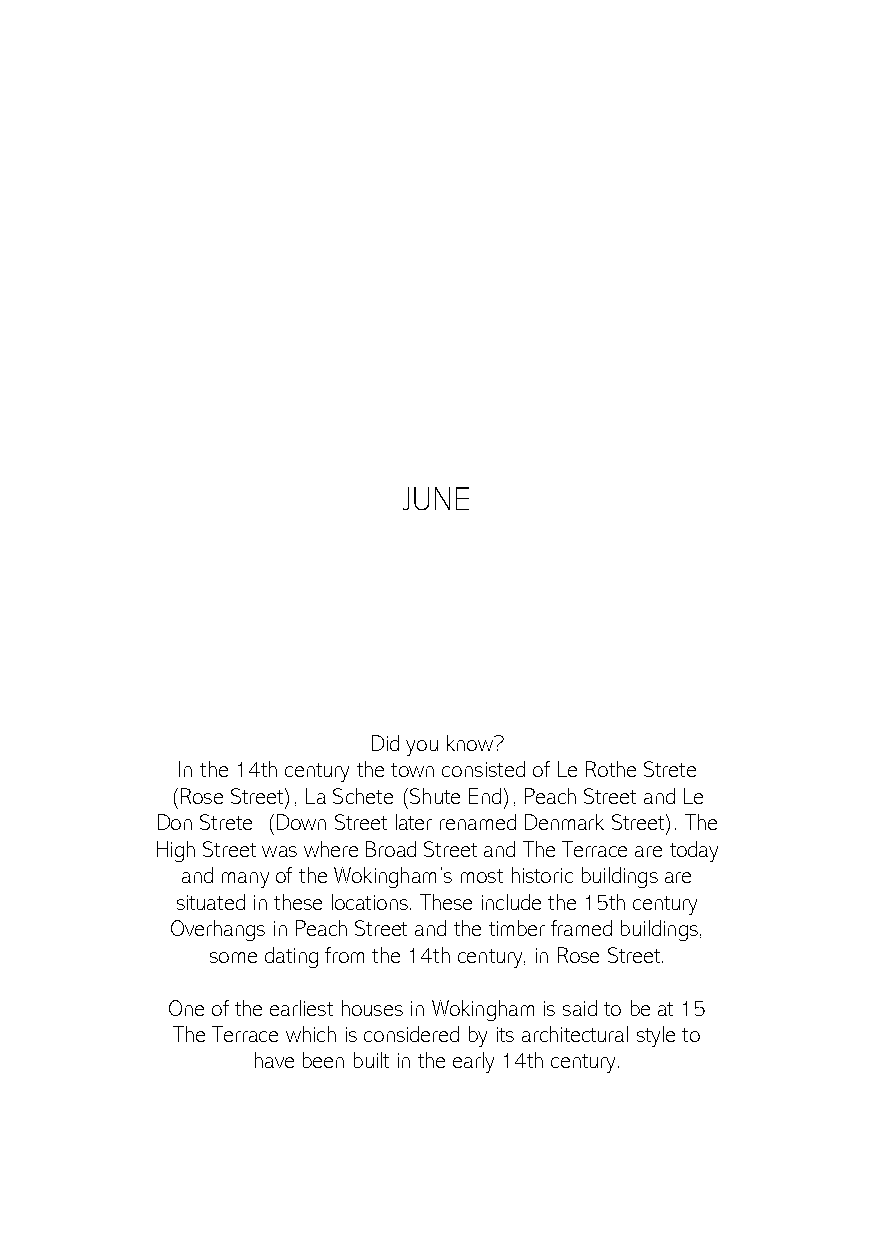
JUNE
 Did you know?
 In the 14th century the town consisted of Le Rothe Strete
 (Rose Street), La Schete (Shute End), Peach Street and Le
 Don Strete (Down Street later renamed Denmark Street). The
 High Street was where Broad Street and The Terrace are today
 and many of the Wokingham’s most historic buildings are
 situated in these locations. These include the 15th century
 Overhangs in Peach Street and the timber framed buildings,
 some dating from the 14th century, in Rose Street.
 One of the earliest houses in Wokingham is said to be at 15
 The Terrace which is considered by its architectural style to
 have been built in the early 14th century.